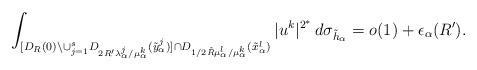
LaTeX: \begin{align*}\int_{[D_R(0)\setminus\cup^s_{j=1}D_{2R'\lambda^j_\alpha/\mu^k_\alpha}(\tilde{y}^j_\alpha)]\cap D_{1/2\tilde{R}\mu^l_\alpha/\mu^k_\alpha}(\tilde{x}^l_\alpha)}|u^k|^{2^*}\,d\sigma_{\tilde{h}_\alpha}=o(1)+\epsilon_\alpha(R').\end{align*}